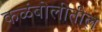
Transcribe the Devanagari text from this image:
कळंबोलीतील